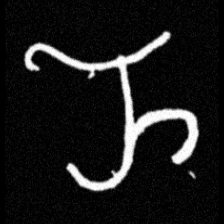
Pyu character \u2014 Myanmar letter: ည (romanized: nya)